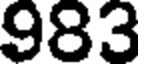
983